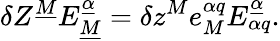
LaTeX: \delta Z^{\underline{{M}}}E_{\underline{{M}}}^{\underline{{\alpha}}}=\delta z^{M}e_{M}^{\alpha q}E_{\alpha q}^{\underline{{\alpha}}}.